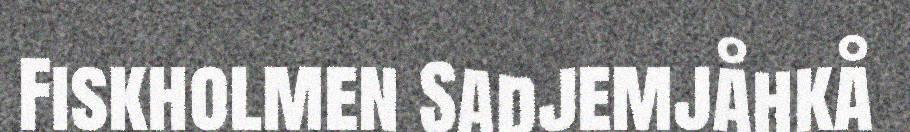
Fiskholmen Sadjemjåhkå